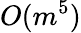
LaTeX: O(m^{5})